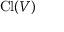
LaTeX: \operatorname { C l } ( V )